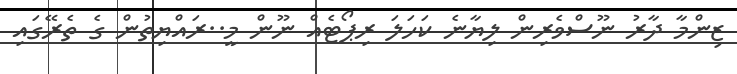
ޒިންމާ ދާރު ނޫސްވެރިން ލިޔާނެ ކަހަލަ ރިޕޯޓެއް ނޫން މީ..ރައްޔިތުން ގެ ތެރޭގައި